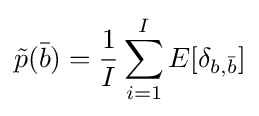
{\tilde {p}}({\bar {b}})={\frac {1}{I}}\sum _{i=1}^{I}E[\delta _{b,{\bar {b}}}]